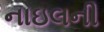
નાઇલની